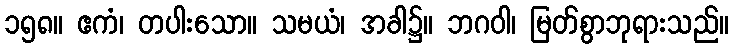
၁၅၈။ ဧကံ၊ တပါးသော။ သမယံ၊ အခါ၌။ ဘဂဝါ၊ မြတ်စွာဘုရားသည်။